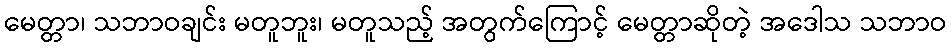
မေတ္တာ၊ သဘာဝချင်း မတူဘူး၊ မတူသည့် အတွက်ကြောင့် မေတ္တာဆိုတဲ့ အဒေါသ သဘာဝ